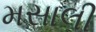
મસાલી